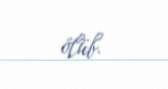
ölüb.